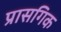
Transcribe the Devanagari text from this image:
प्रासगिक